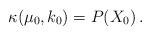
LaTeX: \begin{align*}\begin{array}{l}\kappa (\mu _0, k_0) = P(X_0) \,.\end{array}\end{align*}